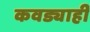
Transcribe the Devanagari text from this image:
कवड्याही